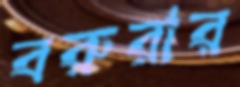
বরুরার